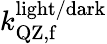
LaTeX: k_{\mathrm{QZ,f}}^{\mathrm{light/dark}}